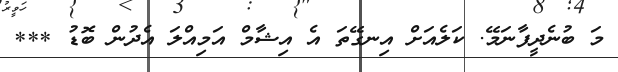
މަ ބުނެދީފާނަމޭ. ކަލެއަށް އިނގޭތަ އެ އިޝާމް އަމިއްލަ އެދުން ބޮޑު ***